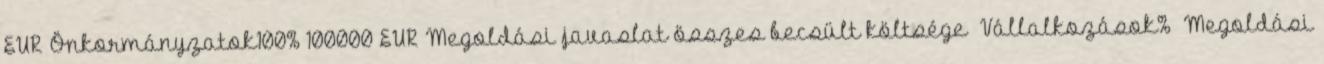
EUR▪Önkormányzatok100% 100000 EUR▪Megoldási javaslat összes becsült költsége ▪Vállalkozások% ▪Megoldási